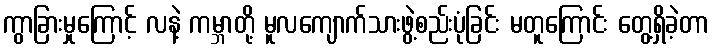
ကွာခြားမှုကြောင့် လနဲ့ ကမ္ဘာတို့ မူလကျောက်သားဖွဲ့စည်းပုံခြင်း မတူကြောင်း တွေ့ရှိခဲ့တာ